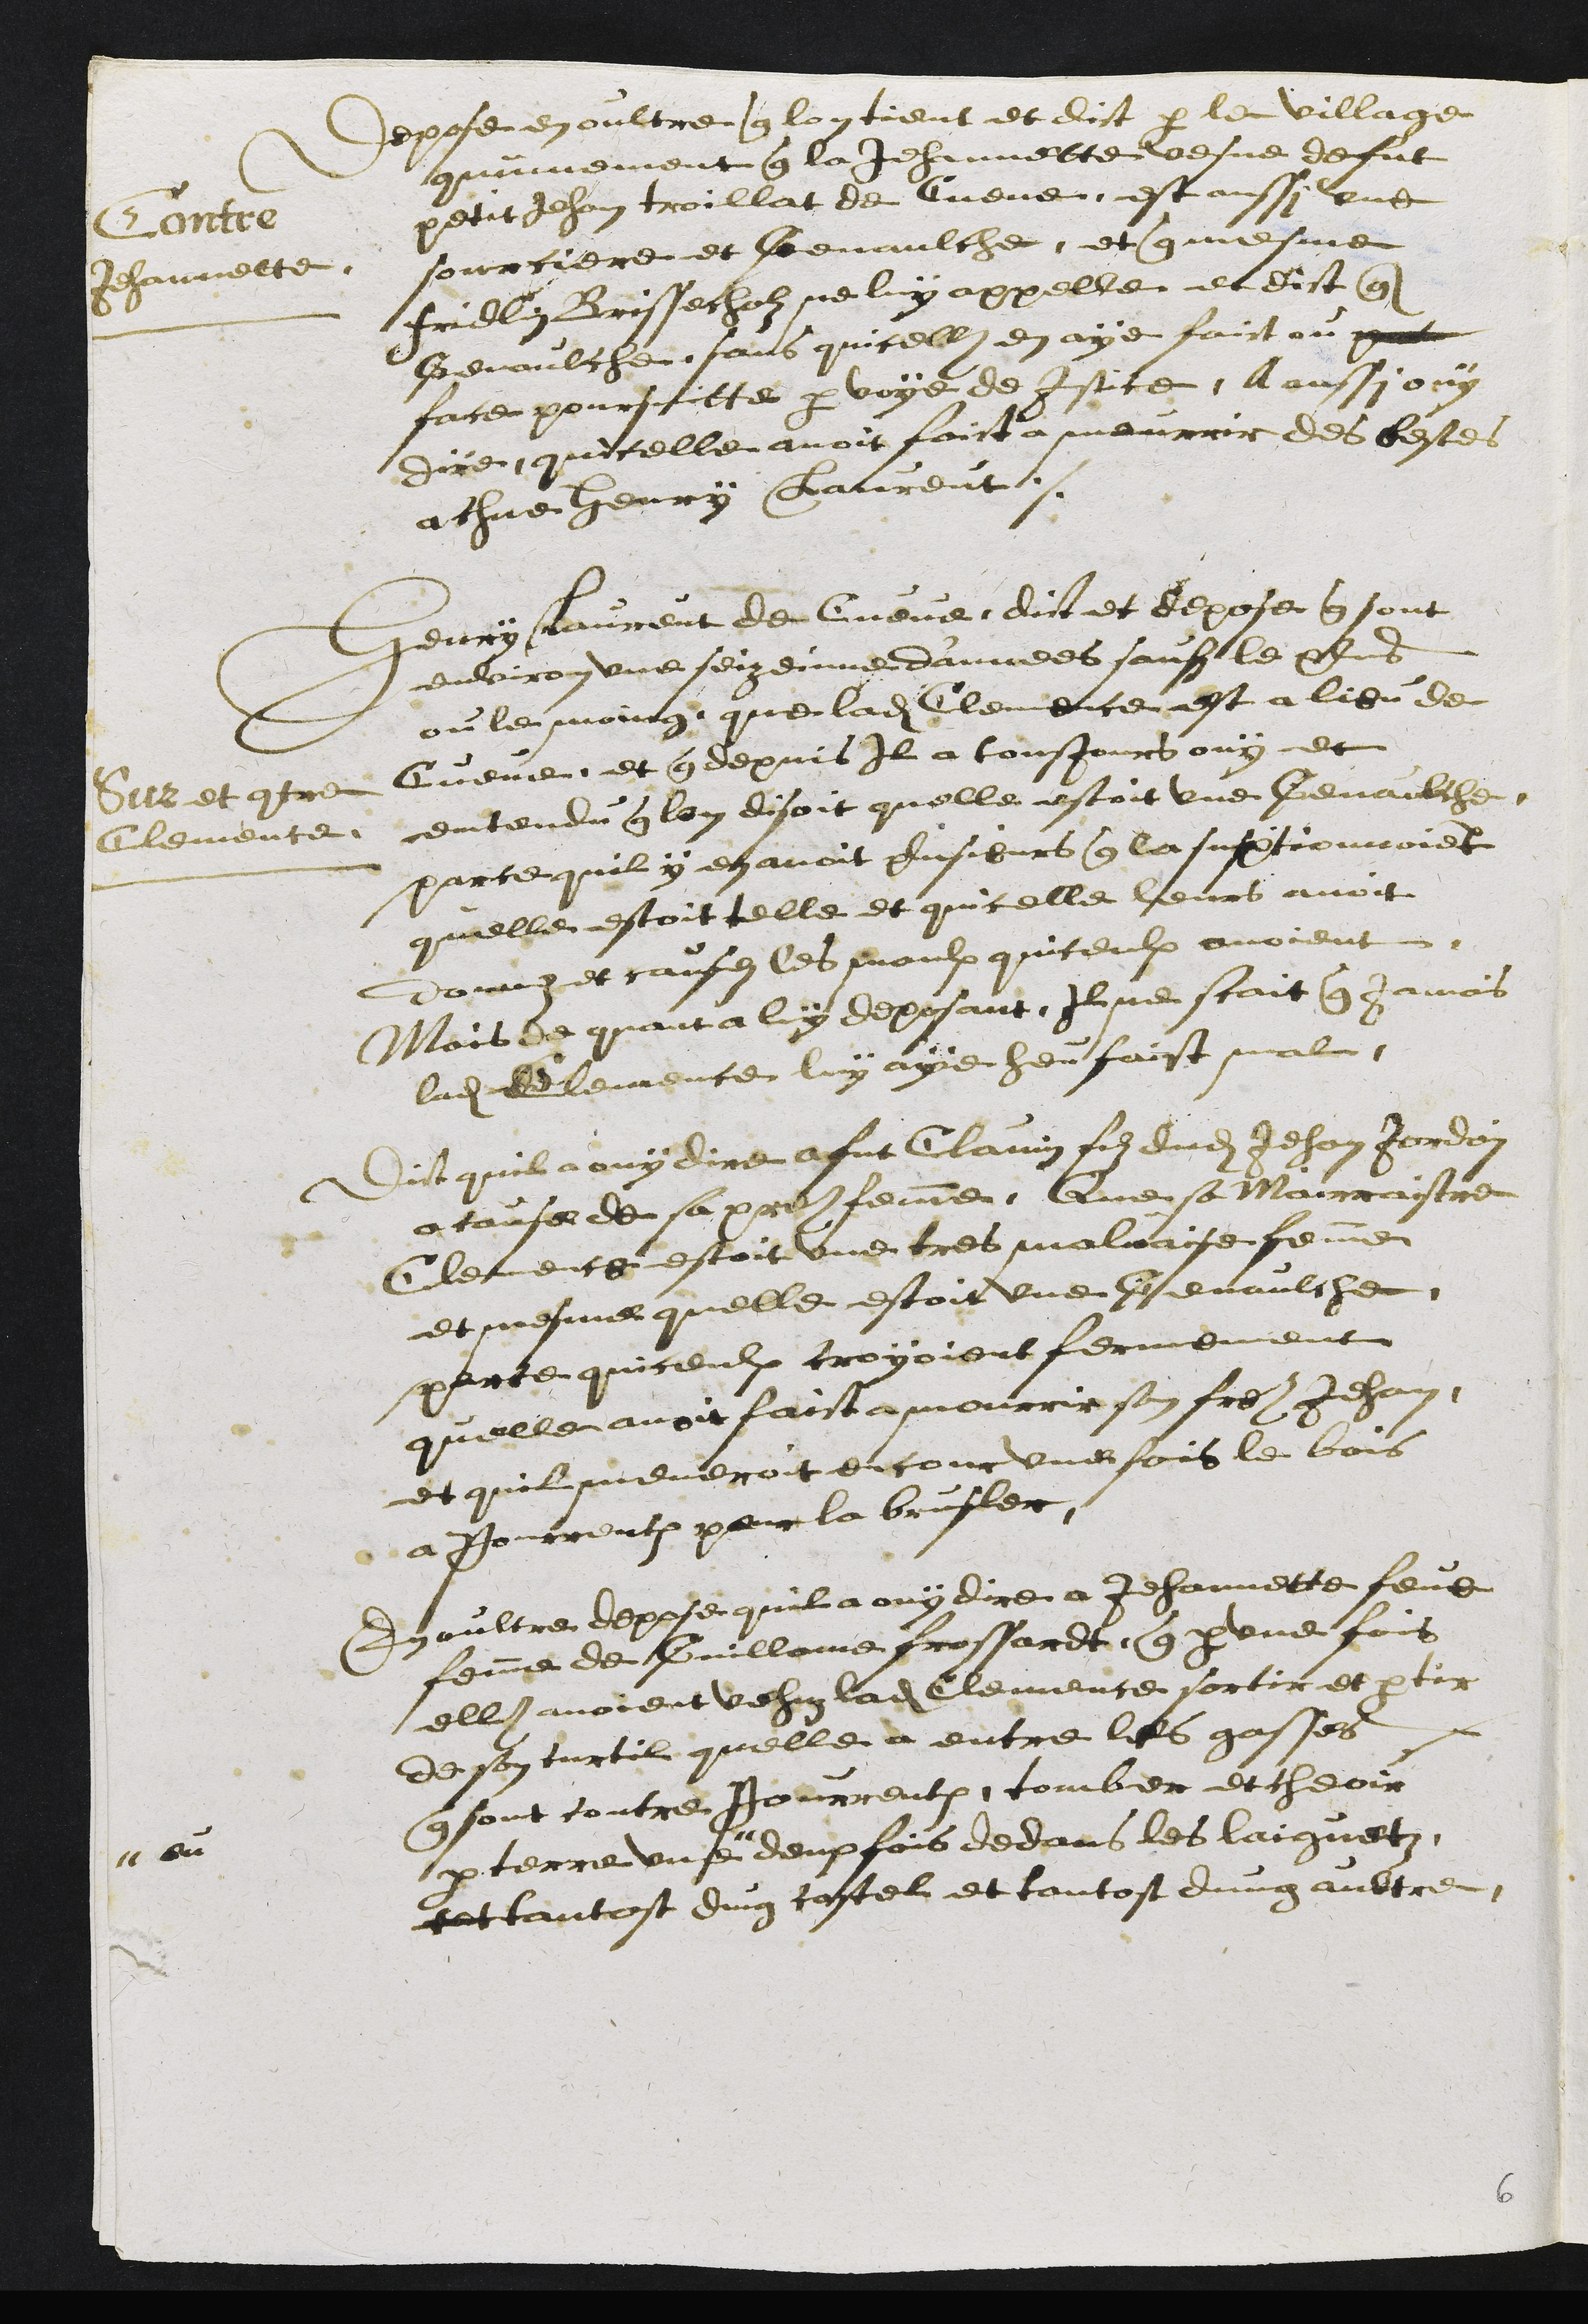
Contre
Jehannette.
depose en oultre que lon tient et dict par le village
communement que la Jehannette vefve de fut
petit Jehan troillat de Cueve est aussi une
sourciere et Genaulche, et que mesme
Fridlin Brissecholz ne luy appelle et dict que
Genaulche sans quicelle en aye faict ou pour
face poursuitte par voye de Justice. A aussi ouy
dire quicelle avoit faict a mourrir des bestes
a chue Henry Laurent.
Sur et contre
Clemence
Henry Laurent de Cueve dict et depose que sont
environ une seizeinne dannees saufz le plus
ou le moing que ladite Clemence est a lieu de
Cueve et que depuis Il a tousjours ouy et
entendu que lon disoit quelle estoit une Genaulche
parce quil y en avoit pusieurs que la suspitionnoient
quelle estoit telle et quicelle leurs avoit
donnez et causez les maulx quiceulx avoient.
Mais de quant a luy deposant , Il ne scait jamais
ladite Clemence luy aye heu faist mal
Dit quil a ouy dire a fut Clavin filz dudit Jehan Jordain
a cause de sa pres femme, Que sa Mairraistre
Clemence estoit une tres malvaise femme
et mesme quelle estoit une Genaulche
parce quiceulx croyoient fermement
quelle avoit faict a mourrir son frere Jehan
et quil meneroit encour une fois  le bois
a Pourrentruy pour la brusler
En oultre depose quil a ouy dire a Jehannette feue
femme de Guillame frossardt que par une fois
elles avoient vehus ladite Clemence sortir et partir
de son curtil quelle a entre les gasses
que sont contre Pourrentruy, tomber et cheoir
par terre une
# ou
deux fois dedans les laiguetz
tot tantost dung costel et tantost dung aultre.
6